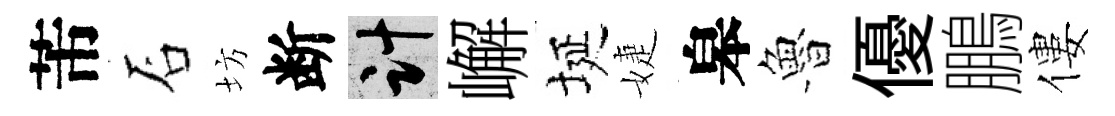
芾石坊断計嶰埏婕皋魯優鵬僂